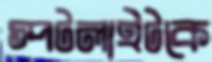
স্পটলাইটকে